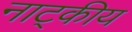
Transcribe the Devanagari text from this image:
नाट्कीय